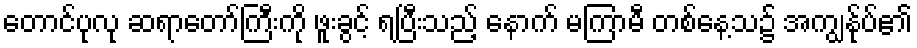
တောင်ပုလု ဆရာတော်ကြီးကို ဖူးခွင့် ရပြီးသည့် နောက် မကြာမီ တစ်နေ့သ၌ အကျွန်ုပ်၏